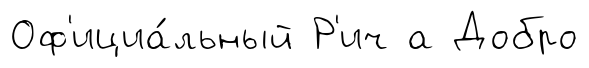
Оф'ициа́льный Р'ич а Добро